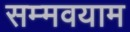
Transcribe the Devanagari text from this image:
सम्मवयाम